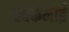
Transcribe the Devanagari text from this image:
स्वकमाई